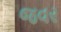
જવર